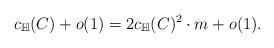
LaTeX: \begin{align*}c_{\mathbb{H}}(C) + o(1) = 2 c_{\mathbb{H}}(C)^2 \cdot m + o(1).\end{align*}